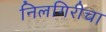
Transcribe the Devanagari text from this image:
निलगिरीचा